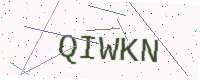
Text: QIWKN